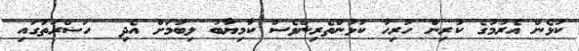
ކުޅެން އެރުމުގެ ކުރިން ހުރިހާ ކުޅުންތެރިންވެސް ކާމިޔާބު ލިބުމަށް އެދި  ހަޟްރަތުގައި